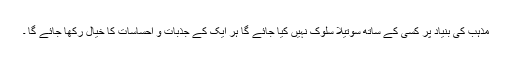
مذہب کی بنیاد پر کسی کے ساتھ سوتیلا سلوک نہیں کیا جائے گا ہر ایک کے جذبات و احساسات کا خیال رکھا جائے گا ۔